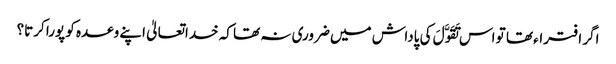
اگر افتراء تھا تو اس تَقَوَّلَ کی پاداش میں ضروری نہ تھا کہ خداتعالیٰ اپنے وعدہ کو پورا کرتا؟